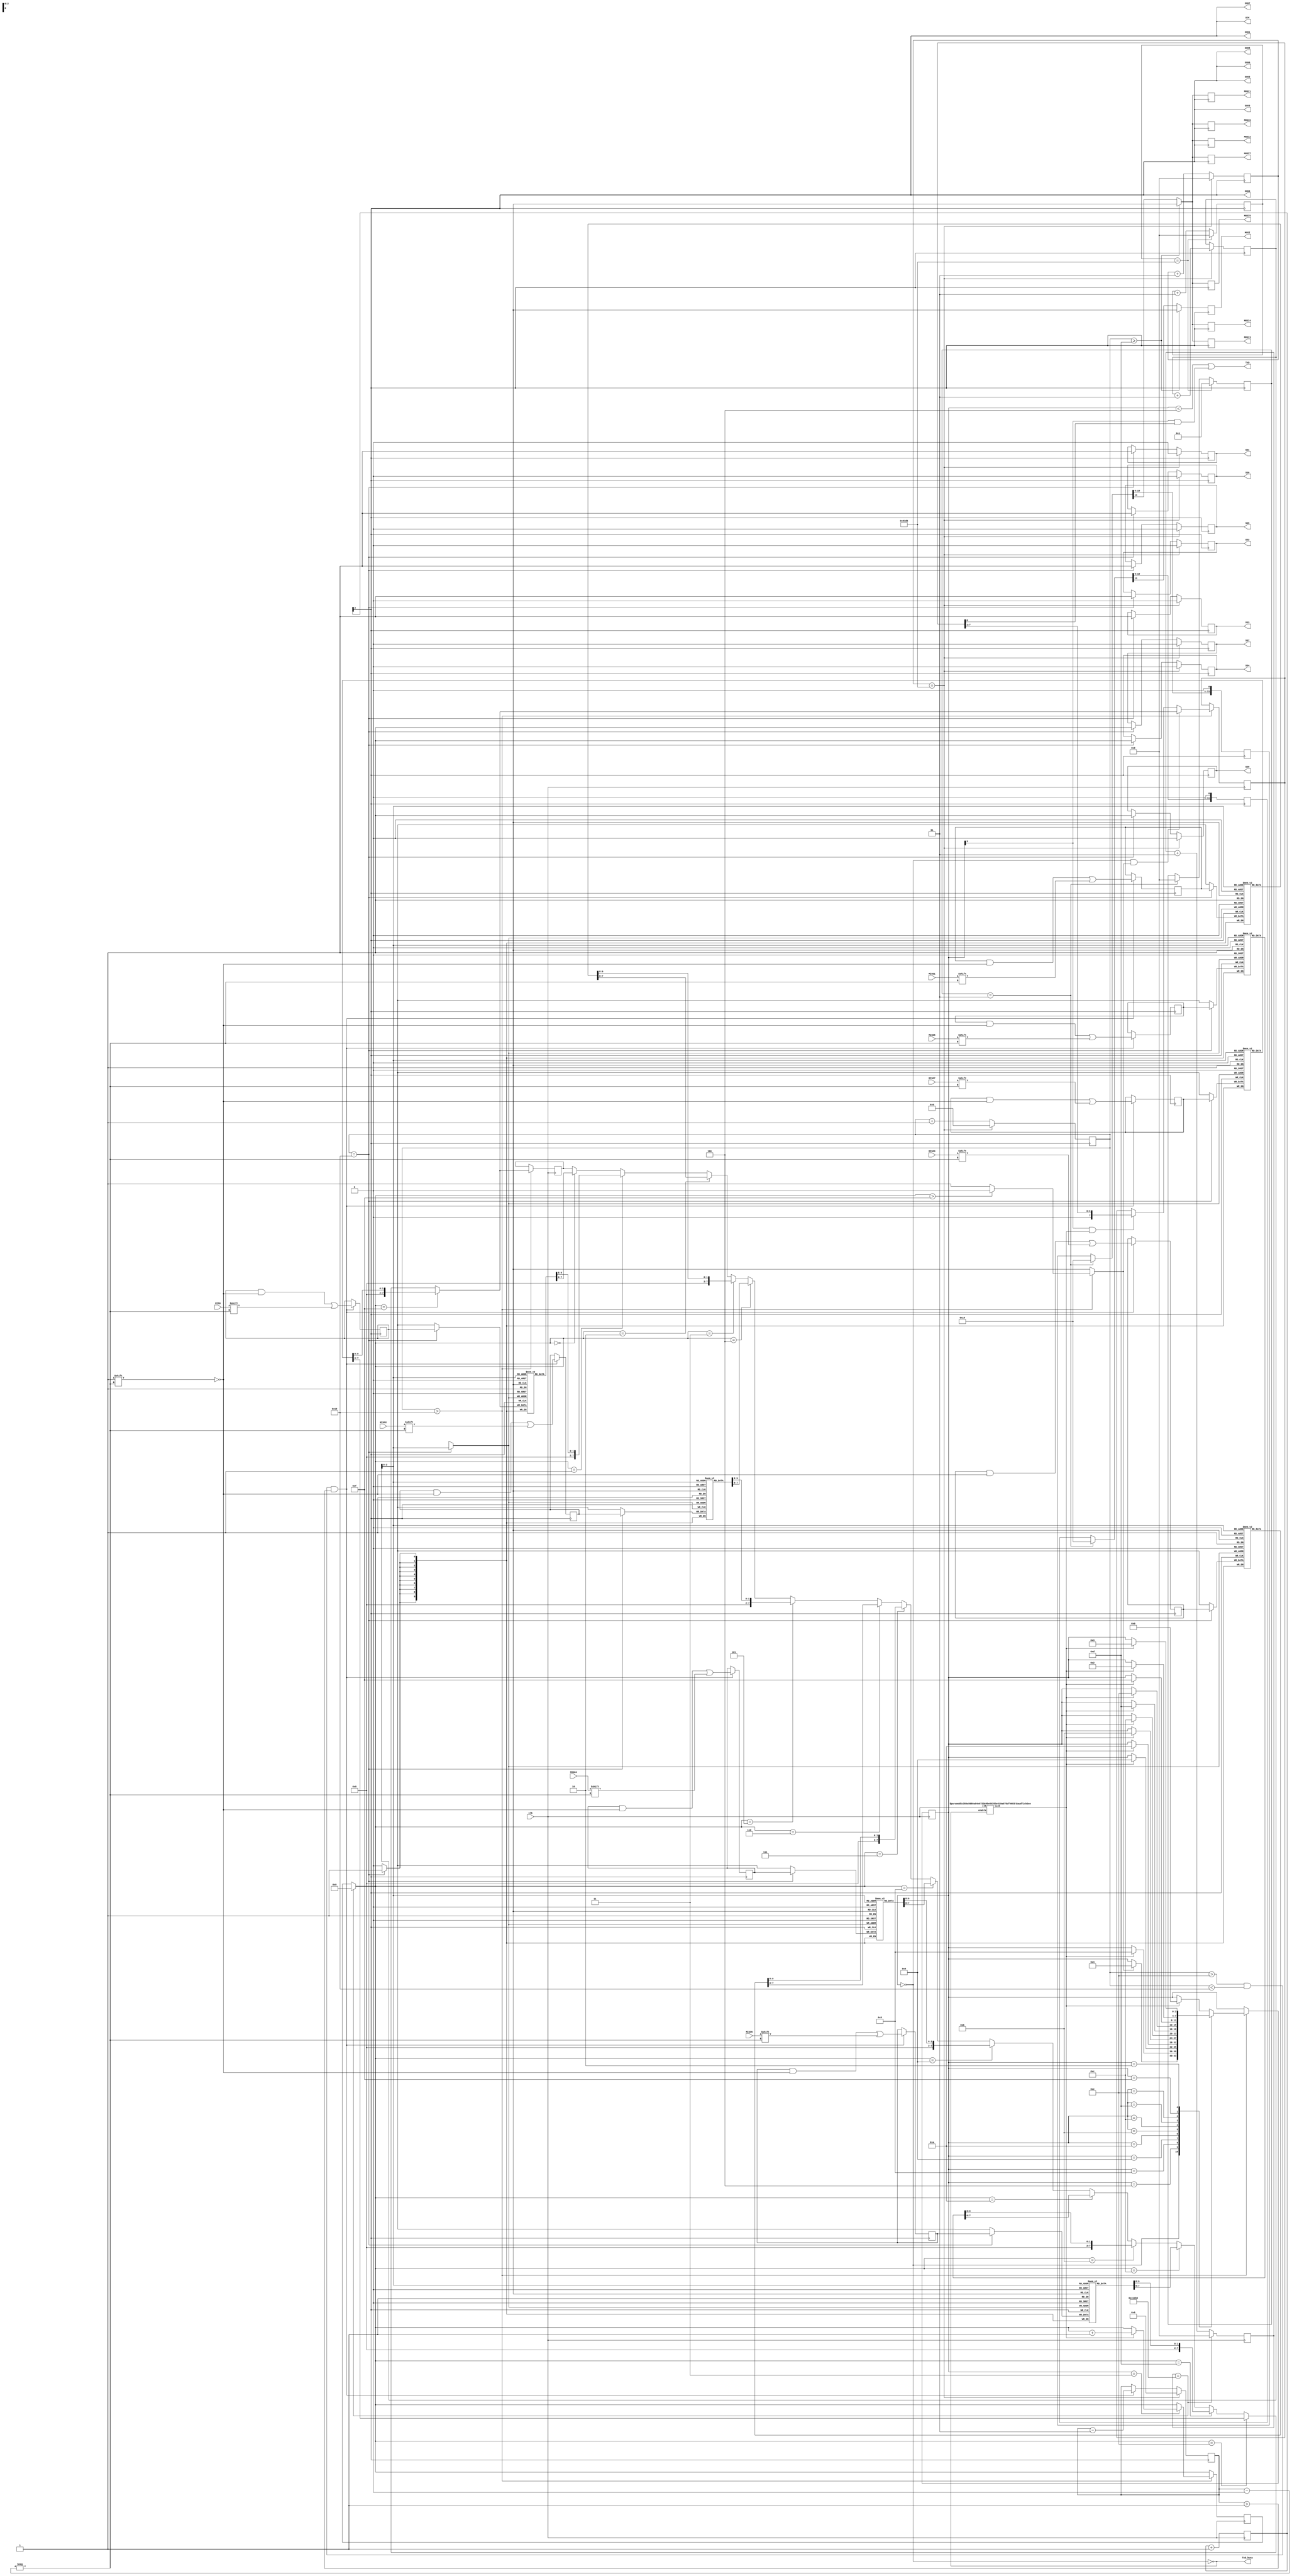
module final_eight_adc(
	input clk,
	output TxD,
	output TxD_busy,
	
	output SCK,    //1 adc
	output reg SS1=0,
    output reg MOSI,
    input MISO,
    
	output SCK1,//2 adc
	output reg SS2=0,
    output reg MOSI1,
    input MISO1,
    
   	output SCK2,//3 adc
	output reg SS3=0,
    output reg MOSI2,
    input MISO2, 
    
    	output SCK3,//4 adc
	output reg SS4=0,
    output reg MOSI3,
    input MISO3,
    
    	output SCK4,//5 adc
	output reg SS5=0,
    output reg MOSI4,
    input MISO4,
    
    	output SCK5,//6 adc
	output reg SS6=0,
    output reg MOSI5,
    input MISO5,
    
    	output SCK6,//7 adc
	output reg SS7=0,
    output reg MOSI6,
    input MISO6,
    
    	output SCK7,//8 adc
	output reg SS8=0,
    output reg MOSI7,
    input MISO7
    
);
reg TxD_start;
reg [11:0]data;
reg [11:0]data1;
reg [11:0]data2;
reg [11:0]data3;
reg [11:0]data4;
reg [11:0]data5;
reg [11:0]data6;
reg [11:0]data7;
reg [2:0] m;
integer g=0;
integer txcounter1=0;
integer txcounter=0;
integer txcounter2=0;
reg [27:0] counter=0;
reg [9:0] code [0:4];
reg [9:0] voltage [0:4];
reg [9:0] power [0:4];
reg [2:0] d=001;
integer s=1;
reg [9:0]p;
reg [7:0] TxD_data;
reg [7:0]count1=0;
integer i=9;
integer k=9;
integer j=4;
reg [19:0]count2;
reg [1:0]count4=0;
reg [9:0] memory1;
reg [9:0] memory2;
reg [9:0] memory3;
reg [9:0] memory4;
reg [9:0] memory5;
reg [9:0] memory6;
reg [9:0] memory7;
reg [9:0] memory8;
integer x=0;
reg [9:0] store1 [0:4];
reg [9:0] store2 [0:4];
reg [9:0] store3 [0:4];
reg [9:0] store4 [0:4];
reg [9:0] store5 [0:4];
reg [9:0] store6 [0:4];
reg [9:0] store7 [0:4];
reg [9:0] store8 [0:4];
// Assert TxD_start for (at least) one clock cycle to start transmission of TxD_data
// TxD_data is latched so that it doesn't have to stay valid while it is being sent

//reg [7:0] TxD_data;
//reg [3:0] count;
integer z=1;
integer y=1;
integer kk=0;

parameter ClkFrequency = 25000000;	// 25MHz
parameter Baud = 115200;

generate
	if(ClkFrequency<Baud*8 && (ClkFrequency % Baud!=0)) ASSERTION_ERROR PARAMETER_OUT_OF_RANGE("Frequency incompatible with requested Baud rate");
endgenerate

////////////////////////////////
`ifdef SIMULATION
wire BitTick = 1'b1;  // output one bit per clock cycle
`else
wire BitTick;
BaudTickGen #(ClkFrequency, Baud) tickgen(.clk(clk), .enable(TxD_busy), .tick(BitTick));
`endif

reg [3:0] TxD_state = 0;
wire TxD_ready = (TxD_state==0);
assign TxD_busy = ~TxD_ready;

reg [7:0] TxD_shift = 0;

/*always @(posedge clk & count==0)
begin
	TxD_data<=8'b01010101;
	count<=4'd10;
end*/
initial begin
SS1=0;
SS2=0;
SS3=0;
SS4=0;
SS5=0;
SS6=0;
SS7=0;
SS8=0;
m=0;
count2=0;
TxD_start=1;
//voltage[0]=10'd5;
//voltage[1]=10'd4;
//voltage[2]=10'd3;
//voltage[3]=10'd2;
//voltage[4]=10'd1;
//code[0]=10'b1111111111;
//code[1]=10'b1100110011;
//code[2]=10'b1001100110;
//code[3]=10'b0110011001;
//code[4]=10'b0011001100;
//power[0]=10'd45;
//power[1]=10'd50;
//power[2]=10'd75;
//power[3]=10'd80;
//power[4]=10'd20;
end

always @(posedge clk)begin
m<=m+1;
end
assign SCK=m[2];
assign SCK1=m[2];
assign SCK2=m[2];
assign SCK3=m[2];
assign SCK4=m[2];
assign SCK5=m[2];
assign SCK6=m[2];
assign SCK7=m[2];

always@(negedge SCK)
begin
if(s==1)begin
if(d==000)begin
data=12'b000000011000;
data1=12'b000000011000;
data2=12'b000000011000;
data3=12'b000000011000;
data4=12'b000000011000;
data5=12'b000000011000;
data6=12'b000000011000;
data7=12'b000000011000;
end
else if(d==001)begin
data=12'b000000011001;
data1=12'b000000011001;
data2=12'b000000011001;
data3=12'b000000011001;
data4=12'b000000011001;
data5=12'b000000011001;
data6=12'b000000011001;
data7=12'b000000011001;
end
else if(d==010)begin
data=12'b000000011010;
data1=12'b000000011010;
data2=12'b000000011010;
data3=12'b000000011010;
data4=12'b000000011010;
data5=12'b000000011010;
data6=12'b000000011010;
data7=12'b000000011010;
end

else if(d==011)begin
data=12'b000000011011;
data1=12'b000000011011;
data2=12'b000000011011;
data3=12'b000000011011;
data4=12'b000000011011;
data5=12'b000000011011;
data6=12'b000000011011;
data7=12'b000000011011;
end
else if(d==100)begin
data=12'b000000011100;
data1=12'b000000011100;
data2=12'b000000011100;
data3=12'b000000011100;
data4=12'b000000011100;
data5=12'b000000011100;
data6=12'b000000011100;
data7=12'b000000011100;
end
else if(d==101)begin
data=12'b000000011101;
data1=12'b000000011101;
data2=12'b000000011101;
data3=12'b000000011101;
data4=12'b000000011101;
data5=12'b000000011101;
data6=12'b000000011101;
data7=12'b000000011101;
end
else if(d==110)begin
data=12'b000000011110;
data1=12'b000000011110;
data2=12'b000000011110;
data3=12'b000000011110;
data4=12'b000000011110;
data5=12'b000000011110;
data6=12'b000000011110;
data7=12'b000000011110;
end
else if(d==111)begin
data=12'b000000011111;
data1=12'b000000011111;
data2=12'b000000011111;
data3=12'b000000011111;
data4=12'b000000011111;
data5=12'b000000011111;
data6=12'b000000011111;
data7=12'b000000011111;
end

s=0;

end
MOSI = data[11];
MOSI1=data1[11];
MOSI2=data1[11];
MOSI3=data1[11];
MOSI4=data1[11];
MOSI5=data1[11];
MOSI6=data1[11];
MOSI7=data1[11];
data = data<<1;
data1 = data1<<1;
data2 = data1<<1;
data3 = data1<<1;
data4 = data1<<1;
data5 = data1<<1;
data6 = data1<<1;
data7 = data1<<1;
if(count1>=13)begin
MOSI=1'bx;
MOSI1=1'bx;
MOSI2=1'bx;
MOSI3=1'bx;
MOSI4=1'bx;
MOSI5=1'bx;
MOSI6=1'bx;
MOSI7=1'bx;

end
txcounter1<=txcounter1+1;
if(txcounter1==33750)begin//10ms(337500/100)

s<=1;
txcounter1<=0;
end
end

always@(posedge SCK)begin
  if(count1>14 && count1<25 && i>-1)begin
 memory1[i]<=MISO;// data to be compared with table 
 memory2[i]<=MISO1;
  memory3[i]<=MISO2;
   memory4[i]<=MISO3;
    memory5[i]<=MISO4;
     memory6[i]<=MISO5;
      memory7[i]<=MISO6;
       memory8[i]<=MISO7;
  i<=i-1;
  end
  count1<=count1+1;
  if(count1==25)begin
   SS1<=1;
   SS2<=1;
   SS3<=1;
   SS4<=1;
   SS5<=1;
   SS6<=1;
   SS7<=1;
   SS8<=1;
 store1[x]=memory1;
 store2[x]=memory2;
 store3[x]=memory3;
 store4[x]=memory4;
 store5[x]=memory5;
 store6[x]=memory6;
 store7[x]=memory7;
 store8[x]=memory8;
  end
  txcounter<=txcounter+1;
  if(txcounter==33750)begin
count1<=0;
i<=9;
SS1<=0;
SS2<=0;
SS3<=0;
SS4<=0;
SS5<=0;
SS6<=0;
SS7<=0;
SS8<=0;
txcounter<=0;
x<=x+1;

end
end


always @(posedge clk)
begin
txcounter2<=txcounter2+1;
if(txcounter2==270000)begin
count2=0;
txcounter2<=0;
end
//if(count1>25 && count1<199)begin
if(count1>25)begin
//if(kk==1)begin
  TxD_start=1;
   if(count2==0)begin//1 adc
   //if((count2==0 && z==1))begin
   TxD_data={store1[x][7],store1[x][6],store1[x][5],store1[x][4],store1[x][3],store1[x][2],store1[x][1],store1[x][0]};
   
   //z=0;
  end 
  
 if(count2==1)begin
//else if((count2==1 && y==1))begin
  TxD_data={g,g,g,g,g,g,store1[x][9],store1[x][8]};
  //y=0;
  end
  if(count2==2)begin//2 adc
   //if((count2==0 && z==1))begin
   TxD_data={store2[x][7],store2[x][6],store2[x][5],store2[x][4],store2[x][3],store2[x][2],store2[x][1],store2[x][0]};
   
   //z=0;
  end 
   if(count2==3)begin
//else if((count2==1 && y==1))begin
  TxD_data={g,g,g,g,g,g,store2[x][9],store2[x][8]};
  //y=0;
  end
  
  if(count2==4)begin//3 adc
   //if((count2==0 && z==1))begin
   TxD_data={store3[x][7],store3[x][6],store3[x][5],store3[x][4],store3[x][3],store3[x][2],store3[x][1],store3[x][0]};
   
   //z=0;
  end 
   if(count2==5)begin
//else if((count2==1 && y==1))begin
  TxD_data={g,g,g,g,g,g,store3[x][9],store3[x][8]};
  //y=0;
  end
  
  if(count2==6)begin//4 adc
   //if((count2==0 && z==1))begin
   TxD_data={store4[x][7],store4[x][6],store4[x][5],store4[x][4],store4[x][3],store4[x][2],store4[x][1],store4[x][0]};
   
   //z=0;
  end 
   if(count2==7)begin
//else if((count2==1 && y==1))begin
  TxD_data={g,g,g,g,g,g,store4[x][9],store4[x][8]};
  //y=0;
  end
  
  if(count2==8)begin//5 adc
   //if((count2==0 && z==1))begin
   TxD_data={store5[x][7],store5[x][6],store5[x][5],store5[x][4],store5[x][3],store5[x][2],store5[x][1],store5[x][0]};
   
   //z=0;
  end 
   if(count2==9)begin
//else if((count2==1 && y==1))begin
  TxD_data={g,g,g,g,g,g,store5[x][9],store5[x][8]};
  //y=0;
  end
  
  if(count2==10)begin//6 adc
   //if((count2==0 && z==1))begin
   TxD_data={store6[x][7],store6[x][6],store6[x][5],store6[x][4],store6[x][3],store6[x][2],store6[x][1],store6[x][0]};
   
   //z=0;
  end 
   if(count2==11)begin
//else if((count2==1 && y==1))begin
  TxD_data={g,g,g,g,g,g,store6[x][9],store6[x][8]};
  //y=0;
  end
  
  if(count2==12)begin//7 adc
   //if((count2==0 && z==1))begin
   TxD_data={store7[x][7],store7[x][6],store7[x][5],store7[x][4],store7[x][3],store7[x][2],store7[x][1],store7[x][0]};
   
   //z=0;
  end 
   if(count2==13)begin
//else if((count2==1 && y==1))begin
  TxD_data={g,g,g,g,g,g,store7[x][9],store7[x][8]};
  //y=0;
  end
  
  if(count2==14)begin//8 adc
   //if((count2==0 && z==1))begin
   TxD_data={store8[x][7],store8[x][6],store8[x][5],store8[x][4],store8[x][3],store8[x][2],store8[x][1],store8[x][0]};
   
   //z=0;
  end 
   if(count2==15)begin
//else if((count2==1 && y==1))begin
  TxD_data={g,g,g,g,g,g,store8[x][9],store8[x][8]};
  //y=0;
  end
  
  if(count2>15)begin
		TxD_start=0;
		end
  
	if(TxD_ready & TxD_start)
		TxD_shift <= TxD_data;
	
	else
	if(TxD_state[3] & BitTick)
		TxD_shift <= (TxD_shift >> 1);

	case(TxD_state)
		4'b0000: if(TxD_start) begin
		          TxD_state <= 4'b0100;
		          end
		4'b0100: if(BitTick)begin
		         TxD_state <= 4'b1000;  // start bit
		         end
		4'b1000: if(BitTick) begin
		         TxD_state <= 4'b1001;  // bit 0
		         end
		4'b1001: if(BitTick)begin
		 TxD_state <= 4'b1010;  // bit 1
		 end
		4'b1010: if(BitTick)begin
		 TxD_state <= 4'b1011;  // bit 2
		 end
		4'b1011: if(BitTick)begin 
		TxD_state <= 4'b1100;  // bit 3
		end
		4'b1100: if(BitTick)begin
		 TxD_state <= 4'b1101;  // bit 4
		 end
		4'b1101: if(BitTick)begin TxD_state <= 4'b1110;  // bit 5
		end
		4'b1110: if(BitTick)begin
		 TxD_state <= 4'b1111;  // bit 6
		 end
		4'b1111: if(BitTick)begin
		 TxD_state <= 4'b0010;  // bit 7
		  
		end
		4'b0010: if(BitTick)begin
		 TxD_state <= 4'b0011;  // stop1
		 end
		4'b0011: if(BitTick) begin
		        
		         TxD_state <= 4'b0000;  // stop2
		         count2<=count2+1;
		         
		         end
		default: if(BitTick) TxD_state <= 4'b0000;
	endcase
end
end

assign TxD = (TxD_state<4) | (TxD_state[3] & TxD_shift[0]);  // put together the start, data and stop bits

endmodule 

module BaudTickGen(
	input clk, enable,
	output tick  // generate a tick at the specified baud rate * oversampling
);
parameter ClkFrequency = 25000000;
parameter Baud = 115200;
parameter Oversampling = 1;

function integer log2(input integer v); begin log2=0; while(v>>log2) log2=log2+1; end endfunction
localparam AccWidth = log2(ClkFrequency/Baud)+8;  // +/- 2% max timing error over a byte
reg [AccWidth:0] Acc = 0;
localparam ShiftLimiter = log2(Baud*Oversampling >> (31-AccWidth));  // this makes sure Inc calculation doesn't overflow
localparam Inc = ((Baud*Oversampling << (AccWidth-ShiftLimiter))+(ClkFrequency>>(ShiftLimiter+1)))/(ClkFrequency>>ShiftLimiter);
always @(posedge clk) if(enable) Acc <= Acc[AccWidth-1:0] + Inc[AccWidth:0]; else Acc <= Inc[AccWidth:0];
assign tick = Acc[AccWidth];
endmodule